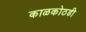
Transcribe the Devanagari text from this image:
काळकोठडी